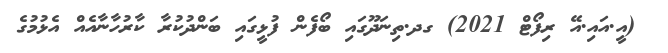
_ (އީ.އައި.އޭ ރިފޯޓް 2021) ގދ.ތިނަދޫގައި ބޯފެން ފުޅީގައި ބަންދުކުރާ ކާރުހާނާއެއް އެޅުމުގެ